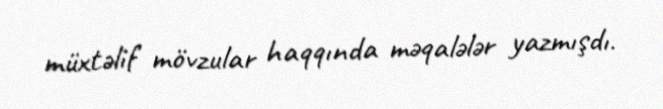
müxtəlif mövzular haqqında məqalələr yazmışdı.